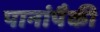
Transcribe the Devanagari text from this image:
पानांपैकी